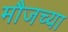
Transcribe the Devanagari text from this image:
मौजच्या